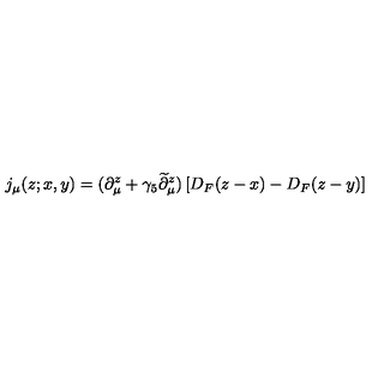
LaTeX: j _ { \mu } ( z ; x , y ) = ( \partial _ { \mu } ^ { z } + \gamma _ { 5 } \widetilde \partial _ { \mu } ^ { z } ) \left[ D _ { F } ( z - x ) - D _ { F } ( z - y ) \right]